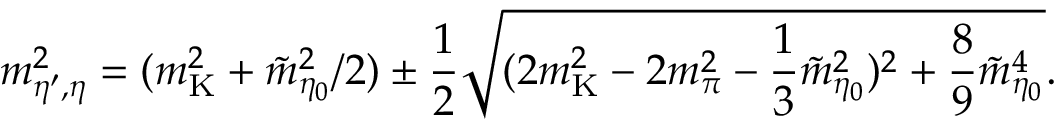
m _ { \eta ^ { \prime } , \eta } ^ { 2 } = ( m _ { \mathrm { K } } ^ { 2 } + { \tilde { m } } _ { \eta _ { 0 } } ^ { 2 } / 2 ) \pm { \frac { 1 } { 2 } } \sqrt { ( 2 m _ { \mathrm { K } } ^ { 2 } - 2 m _ { \pi } ^ { 2 } - { \frac { 1 } { 3 } } { \tilde { m } } _ { \eta _ { 0 } } ^ { 2 } ) ^ { 2 } + { \frac { 8 } { 9 } } { \tilde { m } } _ { \eta _ { 0 } } ^ { 4 } } .